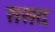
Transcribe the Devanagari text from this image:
ससद